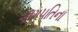
ગણપતિના